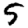
Digit: 5